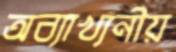
অব্যাখ্যনীয়